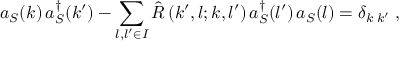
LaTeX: a _ { S } ( k ) \, a _ { S } ^ { \dagger } ( k ^ { \prime } ) - \sum _ { l , l ^ { \prime } \in { \cal I } } { \hat { \cal R } } \left( k ^ { \prime } , l ; k , l ^ { \prime } \right) a _ { S } ^ { \dagger } ( l ^ { \prime } ) \, a _ { S } ( l ) = \delta _ { k \; k ^ { \prime } } \; ,